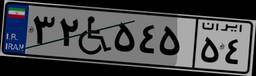
۳۲W۵۴۵۵۴